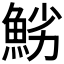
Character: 𩷈